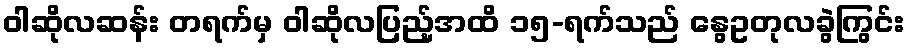
ဝါဆိုလဆန်း တရက်မှ ဝါဆိုလပြည့်အထိ ၁၅-ရက်သည် နွေဥတုလခွဲကြွင်း